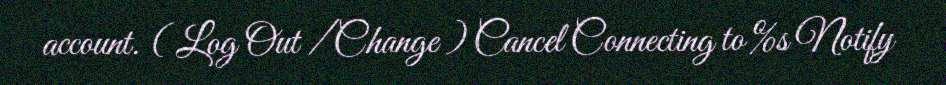
account. ( Log Out / Change ) Cancel Connecting to %s Notify